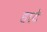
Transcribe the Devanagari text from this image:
हाटे